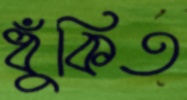
ধুঁকিত